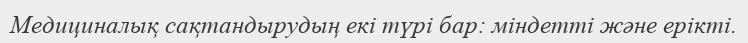
Медициналық сақтандырудың екі түрі бар: міндетті және ерікті.